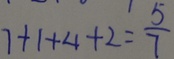
7 + 1 + 4 + 2 = \frac { 5 } { 7 }